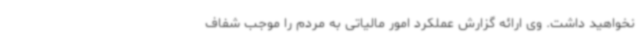
نخواهید داشت. وی ارائه گزارش عملکرد امور مالیاتی به مردم را موجب شفاف